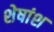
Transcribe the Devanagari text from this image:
शेषांश